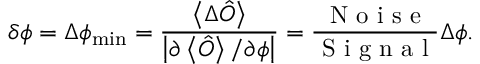
\delta \phi = \Delta \phi _ { \operatorname* { m i n } } = \frac { \left\langle \Delta \hat { O } \right\rangle } { \left\vert \partial \left\langle \hat { O } \right\rangle / \partial \phi \right\vert } = \frac { \mathrm { ~ N ~ o ~ i ~ s ~ e ~ } } { \mathrm { ~ S ~ i ~ g ~ n ~ a ~ l ~ } } \Delta \phi .